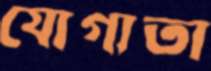
যোগ্যতা